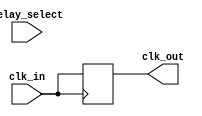
module delay_clock_buffer (
    input wire clk_in,              // Input clock signal
    input wire [2:0] delay_select,  // Control signal to select the amount of delay
    output reg clk_out              // Output delayed clock signal
);

// Parameters for the different delays in nanoseconds (adjust as needed)
parameter DELAY_0 = 0; // No delay
parameter DELAY_1 = 2; // 2 ns delay
parameter DELAY_2 = 4; // 4 ns delay
parameter DELAY_3 = 6; // 6 ns delay
parameter DELAY_4 = 8; // 8 ns delay

reg [3:0] delay_line; // Internal register to handle varying delays

// Combinational block to set the delay line based on delay_select
always @(*) begin
    case (delay_select)
        3'd0: delay_line = DELAY_0; // No delay
        3'd1: delay_line = DELAY_1; // 2 ns delay
        3'd2: delay_line = DELAY_2; // 4 ns delay
        3'd3: delay_line = DELAY_3; // 6 ns delay
        3'd4: delay_line = DELAY_4; // 8 ns delay
        default: delay_line = DELAY_0; // Default to no delay
    endcase
end

// Output clock generation with delays using non-blocking assignments
always @(posedge clk_in) begin
    // Implementing the delay using a simple counter to simulate delay
    #(delay_line) clk_out <= clk_in;
end

endmodule